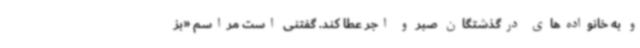
و به خانواده‌های درگذشتگان صبر و اجر عطا کند. گفتنی است مراسم «بز